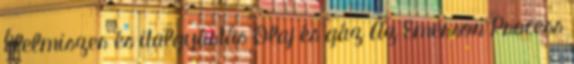
Élelmiszer és italgyártás Olaj és gáz Az Emerson Process